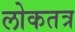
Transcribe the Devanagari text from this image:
लोकतत्र